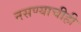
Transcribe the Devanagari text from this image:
नसण्याचीही